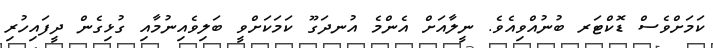
ކަމަށްވެސް ޑޮކްޓަރ ބުނުއްވިއެވެ. ނީލާއަށް އެންމެ އުނދަގޫ ކަމަކަށްވީ ބަލިވެއިނުމާއި ގުޅިގެން ދީފައިހުރި